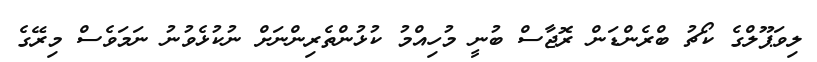
ލިވަޕޫލްގެ ކޯޗު ބްރެންޑަން ރޮޖާސް ބުނީ މުހިއްމު ކުޅުންތެރިންނަށް ނުކުޅެވުނު ނަމަވެސް މިރޭގެ